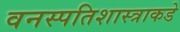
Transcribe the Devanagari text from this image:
वनस्पतिशास्त्राकडे